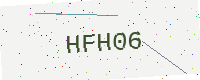
Text: HFH06